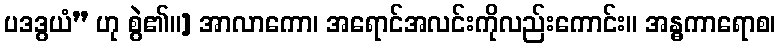
ပဒဒွယံ” ဟု စွဲ၏။] အာလာကော၊ အရောင်အလင်းကိုလည်းကောင်း။ အန္ဓကာရောစ၊